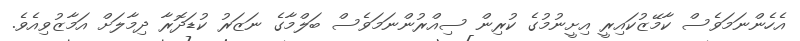
އެހެންނަމަވެސް ކާމޭޒުކައިރީ އިށީނުމުގެ ކުރިން ސިއްރުންނަމަވެސް ބަލްމާގެ ނަޒަރު ކުޑަދޮރާ ދިމާލަށް އަމާޒުވިއެވެ.